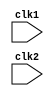
`timescale 1ns / 1ps

module mips32_risc(clk1,clk2);

input clk1,clk2;    //avoiding race condition by applying 2 phase clock

reg [31:0] PC,IF_ID_IR,IF_ID_NPC;   //Instruction fetch stage
reg [31:0] ID_EX_IR,ID_EX_NPC,ID_EX_A,ID_EX_B,ID_EX_Imm;  // Instruction decode stage
reg [2:0] ID_EX_type, EX_Mem_type, Mem_WB_type;
reg [31:0] EX_MEM_IR, EX_MEM_ALUout, EX_MEM_B;
reg cond; // checks if branch is eligible for execution
reg [31:0] Mem_WB_IR, Mem_WB_ALUout, Mem_WB_LMD; //Memory stage
reg [31:0] Reg_file [0:31]; //creating a register bank
reg [31:0] Mem [0:1023]; // creating a memory of space 32 x 1024

parameter ADD=6'd0, SUB=6'd1, AND = 6'd2, OR=6'd3, SLT = 6'd4, MUL = 6'd5, HLT = 6'd6, LW = 6'd7, SW = 6'd8,
ADDI = 6'd9, SUBI=6'd10, SLTI = 6'd11, BNEQZ = 6'd12, BEQZ = 6'd13;  // assigning opcodes for operations

parameter RR_ALU = 3'd0,RM_ALU = 3'd1, LOAD = 3'd2, STORE = 3'd3, BRANCH = 3'd4, HALT= 3'd5;

reg HALTED;
reg TAKEN_BRANCH;

always @(posedge clk1)

if(HALTED==0)
begin
if ((EX_MEM_IR[31:26]==BEQZ) && cond==1  || (EX_MEM_IR[31:26]==BNEQZ)&& cond==0)
begin
IF_ID_IR <= #2 Mem[EX_MEM_ALUout];
TAKEN_BRANCH <= #2 1'b1;
IF_ID_NPC <= #2 EX_MEM_ALUout + 1;
PC <= #2 EX_MEM_ALUout + 1;
end
else
begin
IF_ID_IR <= #2 Mem[PC];
IF_ID_NPC <= #2 PC + 1;
PC <= #2 PC + 1;
end
end

always @(posedge clk2)
if (HALTED==0)
begin
if (IF_ID_IR[25:21]==5'd0)
ID_EX_A <= 0;
else
ID_EX_A <= #2 Reg_file[IF_ID_IR[25:21]];
if(IF_ID_IR[20:16]==5'd0)
ID_EX_B <= 0;
else
ID_EX_B <= Mem[IF_ID_IR[20:16]];


ID_EX_NPC <= #2 IF_ID_NPC;
ID_EX_IR <= #2 IF_ID_IR;
ID_EX_Imm <= #2 {{16{IF_ID_IR[15]}},{IF_ID_IR[15:0]}};

case(IF_ID_IR[31:26])
ADD,SUB,AND,OR,SLT,MUL: ID_EX_type <= #2 RR_ALU;
ADDI,SUBI,SLTI: ID_EX_type <= #2 RM_ALU;
LW: ID_EX_type <= #2 LOAD;
SW: ID_EX_type <= #2 STORE;
BNEQZ,BEQZ: ID_EX_type <= #2 BRANCH;
HLT: ID_EX_type <= #2 HALT;
default: ID_EX_type <= #2 HALT;   //invalid opcode
endcase
end

always @(posedge clk1)      //EX Stage
if (HALTED==0)
begin
EX_Mem_type <= #2 ID_EX_type;
EX_MEM_IR <= #2 ID_EX_IR;
TAKEN_BRANCH <= #2 0;

case (ID_EX_type)
RR_ALU: begin
        case(ID_EX_IR[31:26])  //opdcode
        ADD: EX_MEM_ALUout <= #2 ID_EX_A + ID_EX_B;
        SUB: EX_MEM_ALUout <= #2 ID_EX_A - ID_EX_B;
        AND: EX_MEM_ALUout <= #2 ID_EX_A & ID_EX_B;
        OR:  EX_MEM_ALUout <= #2 ID_EX_A | ID_EX_B;
        SLT: EX_MEM_ALUout <= #2 ID_EX_A < ID_EX_B;
        MUL: EX_MEM_ALUout <= #2 ID_EX_A * ID_EX_B;
        default: EX_MEM_ALUout <= #2 32'hxxxxxxxx;
        endcase
        end
RM_ALU: begin
        case(ID_EX_IR[31:26])
        ADDI: EX_MEM_ALUout <= #2 ID_EX_A + ID_EX_Imm;
        SUBI: EX_MEM_ALUout <= #2 ID_EX_A - ID_EX_Imm;
        SLTI: EX_MEM_ALUout <= #2 ID_EX_A < ID_EX_Imm;
        default: EX_MEM_ALUout <= #2 32'hxxxxxxxx;
        endcase
        end
LOAD,STORE: 
        begin
        EX_MEM_ALUout <= #2 ID_EX_A + ID_EX_Imm;
        EX_MEM_B <= #2 ID_EX_B;
        end
BRANCH:
        begin
        EX_MEM_ALUout <= #2 ID_EX_NPC + ID_EX_Imm;
        cond <= #2 (ID_EX_A==0);
        end

endcase
end

always @(posedge clk2)
if (HALTED==0)
begin
Mem_WB_type <= #2 EX_Mem_type;
Mem_WB_IR <= #2 EX_MEM_IR;

case(EX_Mem_type)

RR_ALU, RM_ALU: 
        Mem_WB_ALUout <= #2 EX_MEM_ALUout;
        
LOAD: Mem_WB_LMD <= #2 Mem[EX_MEM_ALUout];

STORE: if (TAKEN_BRANCH==0) //disable write option
            Mem[EX_MEM_ALUout] <= #2 EX_MEM_B;
 
endcase
end

always @(posedge clk1)
begin
if (TAKEN_BRANCH==0)
case (Mem_WB_type)
RR_ALU: Reg_file[Mem_WB_IR[15:11]] <= #2 Mem_WB_ALUout;   //destination register
RM_ALU: Reg_file[Mem_WB_IR[20:16]] <= #2 Mem_WB_ALUout;   //Reg B as the target register
LOAD: Reg_file[Mem_WB_IR[20:16]] <= #2 Mem_WB_LMD;
HALT: HALTED <= #2 1'b1;
endcase 
end

endmodule